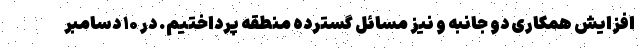
افزایش همکاری دو جانبه و نیز مسائل گسترده منطقه پرداختیم. در ۱۰ دسامبر